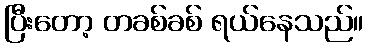
ပြီးတော့ တခစ်ခစ် ရယ်နေသည်။